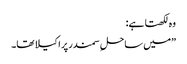
وہ لکھتا ہے:
”میں ساحلِ سمندر پر اکیلا تھا۔